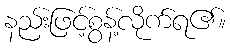
နည်းဖြင့်စွန့်လိုက်ရ၏။